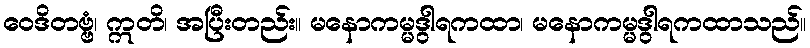
ဝေဒိတဗ္ဗံ၊ ဣတိ၊ အပြီးတည်း။ မနောကမ္မဒွါရကထာ၊ မနောကမ္မဒွါရကထာသည်။